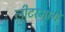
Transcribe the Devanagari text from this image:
लीटरमागे